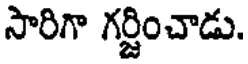
సారిగా గర్జించాడు.